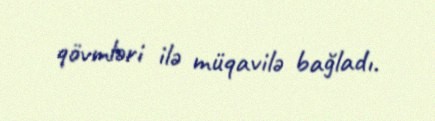
qövmləri ilə müqavilə bağladı.